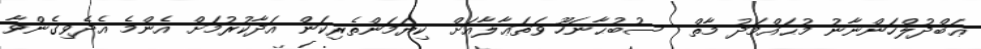
ޢަބްދުލްހަންނާނު މުޙައްމަދު މާތް  ސުބުޙާނަހޫ ވަތަޢާލާއަށް ކިޔަމަންތެރިކަން އަދާކުރުމަށް އެންމެ އެދެވިގެންވާ